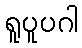
ရူပူပဂါ